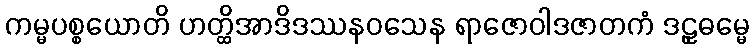
ကမ္မပစ္စယောတိ ဟတ္ထိအာဒိဒဿနဝသေန ရာဇောဝါဒဇာတကံ ဒဠှဓမ္မေ